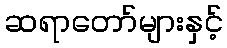
ဆရာတော်များနှင့်